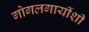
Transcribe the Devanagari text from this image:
गोगलगायींशी